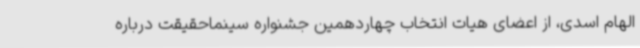
الهام اسدی، از اعضای هیات انتخاب چهاردهمین جشنواره سینماحقیقت درباره